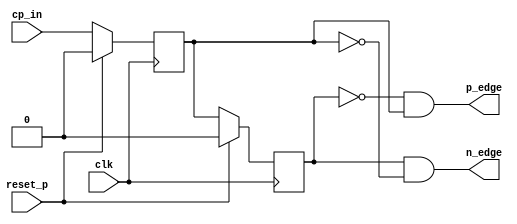
module edge_detector_n(
    input clk,
    input cp_in,
    input reset_p,
    output p_edge,
    output n_edge
);
    reg cp_in_old, cp_in_cur;
    
    always@(negedge clk)begin
        if(reset_p) begin
            cp_in_old <= 0;
            cp_in_cur <= 0;
        end
        else begin
            cp_in_old <= cp_in_cur;
            cp_in_cur <= cp_in;
        end
    end
    
    assign p_edge = ~cp_in_old & cp_in_cur;
    assign n_edge = cp_in_old & ~cp_in_cur;
    

endmodule

module clock_usec(
    input clk, reset_p,
    output clk_usec
    );
    reg [6:0] cnt_10nsec;
    wire cp_usec;
    always@(posedge clk) begin
        if(reset_p) cnt_10nsec <= 0;
        else if(cnt_10nsec >= 99) cnt_10nsec <= 0;
        //else if(cnt_10nsec >= 9) cnt_10nsec <= 0;
        else cnt_10nsec <= cnt_10nsec+1;
    end
    
    assign cp_usec = cnt_10nsec < 49 ? 0 : 1;
    //assign cp_usec = cnt_10nsec < 4 ? 0 : 1;
    
    edge_detector_n edp0(.clk(clk), .cp_in(cp_usec),.reset_p(reset_p), .p_edge(), .n_edge(clk_usec));
    
endmodule

module clock_div_1000(
    input clk, clk_source, reset_p,
    output clk_div_1000
    );
    reg [8:0] cnt_clk;
    reg cp_div_1000;
    always@(posedge clk) begin
        if(reset_p) begin
            cnt_clk <= 0;
            cp_div_1000 <= 0;
        end
        else if(clk_source) begin
            if(cnt_clk >= 499) begin
            //if(cnt_clk >= 4) begin
                cnt_clk <= 0;
                cp_div_1000 <= ~cp_div_1000;
            end
            else cnt_clk <= cnt_clk+1;
        end
    end
    
    edge_detector_n edp1(clk, cp_div_1000,reset_p, ,clk_div_1000);
    
endmodule

module clock_sec(
    input clk, clk_msec, reset_p,
    output clk_sec
    );
    reg [8:0] cnt_msec;
    reg cp_sec;
    always@(posedge clk) begin
        if(reset_p) begin
            cnt_msec <= 0;
            cp_sec <= 0;
        end
        else if(clk_msec) begin
            if(cnt_msec >= 499) begin
            //if(cnt_msec >= 4) begin
                cnt_msec <= 0;
                cp_sec <= ~cp_sec;
            end
            else cnt_msec <= cnt_msec+1;
        end
    end
    
    edge_detector_n edp2(clk, cp_sec,reset_p, , clk_sec);
    
endmodule

module clock_min(
    input clk, clk_sec, reset_p,
    output clk_min
    );
    reg [5:0] cnt_sec;
    reg cp_min;
    always@(posedge clk) begin
        if(reset_p) begin
            cnt_sec <= 0;
            cp_min <= 0;
        end
        else if(clk_sec) begin
            if(cnt_sec >= 29) begin
                cnt_sec <= 0;
                cp_min <= ~cp_min;
            end
            else cnt_sec <= cnt_sec+1;
        end
    end
    
    edge_detector_n edp3(clk, cp_min,reset_p, , clk_min);
    
endmodule

module counter_dec_60(
    input clk, reset_p,
    input clk_time,
    output reg[3:0] dec1, dec10
);

    always@(posedge clk) begin
        if(reset_p) begin
            dec1 <= 0;
            dec10 <= 0;
        end
        else if(clk_time) begin
            if(dec1 >= 9) begin
                dec1 <= 0;
                if(dec10 >= 5) dec10 <= 0;
                else dec10 <= dec10+1;
            end
            else dec1 = dec1 + 1;
        end
    end

endmodule

module BCD_7_Segment(
	input [3:0] num,
	output [6:0] BCD
	);
//	assign BCD = (num == 0) ? 7'h01 :
//				 (num == 1) ? 7'h4f :
//				 (num == 2) ? 7'h12 :
//				 (num == 3) ? 7'h06 :
//				 (num == 4) ? 7'h4c :
//				 (num == 5) ? 7'h24 :
//				 (num == 6) ? 7'h20 :
//				 (num == 7) ? 7'h0f :
//				 (num == 8) ? 7'h00 :
//				 (num == 9) ? 7'h0c :
//				 (num == 10) ? 7'h08 :
//				 (num == 11) ? 7'h60 :
//				 (num == 12) ? 7'h72 :
//				 (num == 13) ? 7'h42 :
//				 (num == 14) ? 7'h30 :
//				 (num == 15) ? 7'h38 : 7'h8f;
assign BCD =     (num == 0) ? 7'b1000000 :
				 (num == 1) ? 7'b1111001 :
				 (num == 2) ? 7'b0100100 :
				 (num == 3) ? 7'b0110000 :
				 (num == 4) ? 7'b0011001 :
				 (num == 5) ? 7'b0010010 :
				 (num == 6) ? 7'b0000010 :
				 (num == 7) ? 7'b1111000 :
				 (num == 8) ? 7'b0000000 :
				 (num == 9) ? 7'b0011000 :
				 (num == 10) ? 7'b0001000 :
				 (num == 11) ? 7'b0000011 :
				 (num == 12) ? 7'b0100111 :
				 (num == 13) ? 7'b0100001 :
				 (num == 14) ? 7'b0000110 :
				 (num == 15) ? 7'b0001110 : 7'b1111111;
endmodule

module ring_counter_fnd(
    input clk,
    input reset_p,
    output [3:0] com
    );

    reg[3:0] temp;
    always@(posedge clk, posedge reset_p) begin
        if(reset_p) temp <= 0;
        else begin
            if(!((temp ==4'b1110) | (temp == 4'b1011) | (temp == 4'b1101) | (temp == 4'b0111)) ) temp <= 4'b1110;
            else temp <= {temp[2:0], temp[3]};
        end
    end
    assign com = temp;
endmodule

module FND_4digit_ctrl(
    input clk,
    input reset_p,
    input [15:0] value,
    output [3:0] com,
    output [6:0] seg_7
);

    reg [16:0] clk_1ms;
    always@(posedge clk or posedge reset_p) begin
        if(reset_p) clk_1ms <= 0;
        else clk_1ms = clk_1ms+1;
    end
    ring_counter_fnd ring_ctrl(.clk(clk_1ms[16]), .reset_p(reset_p), .com(com));
    
    reg [3:0] hex_value;
    BCD_7_Segment BCD(hex_value, seg_7);
    
    always@(posedge clk or posedge reset_p) begin
        if(reset_p) hex_value = 7'h01;
        case(com)
            4'b1110: hex_value = value[3:0];
            4'b1101: hex_value = value[7:4];
            4'b1011: hex_value = value[11:8];
            4'b0111: hex_value = value[15:12];
            //default hex_value = hex_value;
        endcase
    end

endmodule